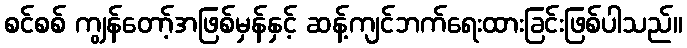
စင်စစ် ကျွန်တော့်အဖြစ်မှန်နှင့် ဆန့်ကျင်ဘက်ရေးထားခြင်းဖြစ်ပါသည်။